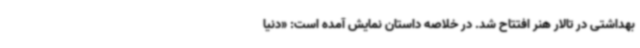
بهداشتی در تالار هنر افتتاح شد. در خلاصه داستان نمایش آمده است: «دنیا